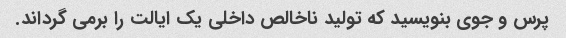
پرس و جوی بنویسید که تولید ناخالص داخلی یک ایالت را برمی گرداند.